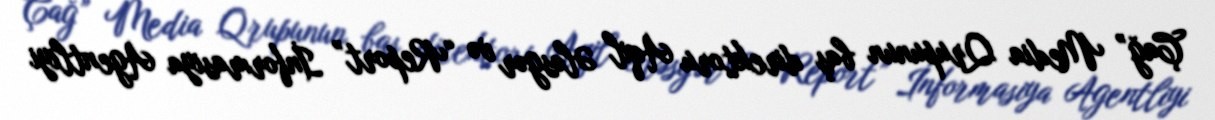
Çağ” Media Qrupunun baş direktoru Aqil Ələsgər və “Report” İnformasiya Agentliyi